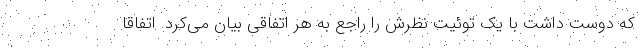
که دوست داشت با یک توئیت نظرش را راجع به هر اتفاقی بیان می‌کرد. اتفاقا